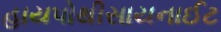
હાયપોથીસાયનાઈટ